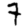
Digit: 7